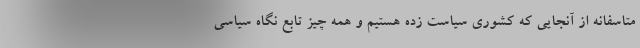
متاسفانه از آنجایی که کشوری سیاست زده هستیم و همه چیز تابع نگاه سیاسی